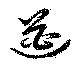
遒